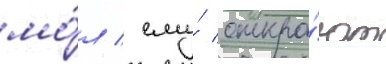
мо́л / ему́ откро́ют